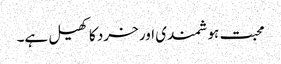
محبت ہوشمندی اور خرد کا کھیل ہے۔